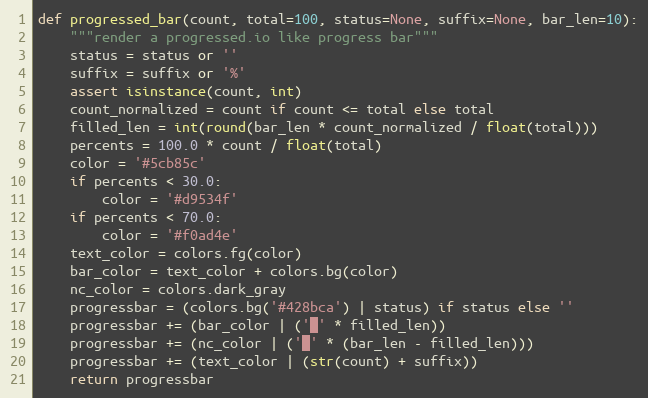
Language: Python
def progressed_bar(count, total=100, status=None, suffix=None, bar_len=10):
    """render a progressed.io like progress bar"""
    status = status or ''
    suffix = suffix or '%'
    assert isinstance(count, int)
    count_normalized = count if count <= total else total
    filled_len = int(round(bar_len * count_normalized / float(total)))
    percents = 100.0 * count / float(total)
    color = '#5cb85c'
    if percents < 30.0:
        color = '#d9534f'
    if percents < 70.0:
        color = '#f0ad4e'
    text_color = colors.fg(color)
    bar_color = text_color + colors.bg(color)
    nc_color = colors.dark_gray
    progressbar = (colors.bg('#428bca') | status) if status else ''
    progressbar += (bar_color | ('█' * filled_len))
    progressbar += (nc_color | ('█' * (bar_len - filled_len)))
    progressbar += (text_color | (str(count) + suffix))
    return progressbar